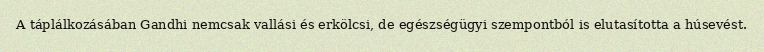
A táplálkozásában Gandhi nemcsak vallási és erkölcsi, de egészségügyi szempontból is elutasította a húsevést.